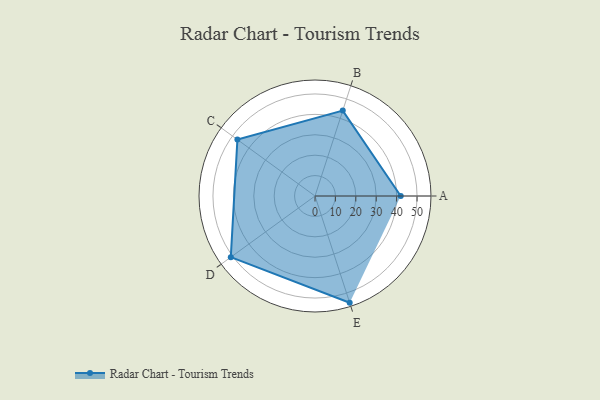
{"axis": {"x": "Skill", "y": "Score"}, "legend": ["Profile"], "data": [{"x": "A", "y": 42.0, "type": "Profile"}, {"x": "B", "y": 44.0, "type": "Profile"}, {"x": "C", "y": 47.0, "type": "Profile"}, {"x": "D", "y": 51.0, "type": "Profile"}, {"x": "E", "y": 55.0, "type": "Profile"}]}